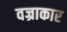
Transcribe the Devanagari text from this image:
वज्राकार